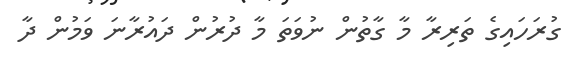
ގުރަހައިގެ ތަރިރާ މާ ގާތުން ނުވަތަ މާ ދުރުން ދައުރާނަ ވަމުން ދާ